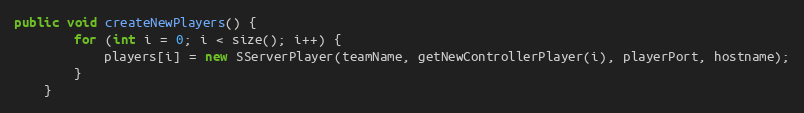
Language: Java
public void createNewPlayers() {
        for (int i = 0; i < size(); i++) {
            players[i] = new SServerPlayer(teamName, getNewControllerPlayer(i), playerPort, hostname);
        }
    }